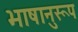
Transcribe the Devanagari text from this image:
भाषानुरूप